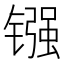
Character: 镪